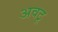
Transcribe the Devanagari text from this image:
अवटू